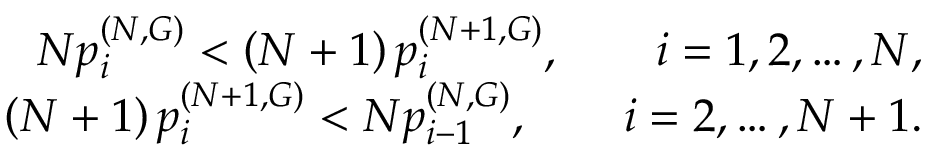
\begin{array} { r } { N p _ { i } ^ { ( N , G ) } < \left( N + 1 \right) p _ { i } ^ { ( N + 1 , G ) } , \qquad i = 1 , 2 , \dots , N , } \\ { \left( N + 1 \right) p _ { i } ^ { ( N + 1 , G ) } < N p _ { i - 1 } ^ { ( N , G ) } , \qquad i = 2 , \dots , N + 1 . } \end{array}